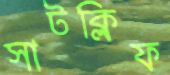
সাটক্লিফ